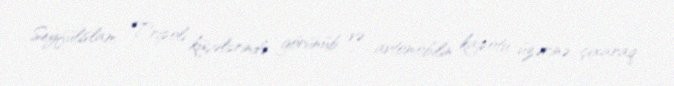
Seyfülislam Tripoli küçələrində görünüb və avtomobilin kapotu üzərinə çıxaraq